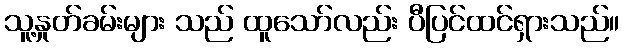
သူ့နှုတ်ခမ်းများ သည် ထူသော်လည်း ပီပြင်ထင်ရှားသည်။